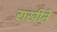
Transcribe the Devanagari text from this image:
राखीने